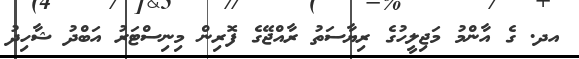
އދ. ގެ އާންމު މަޖިލީހުގެ ރިޔާސަތު ރާއްޖޭގެ ފޮރިން މިނިސްޓަރު އަބްދު ޝާހިދު